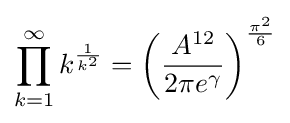
\prod _{k=1}^{\infty }k^{\frac {1}{k^{2}}}=\left({\frac {A^{12}}{2\pi e^{\gamma }}}\right)^{\frac {\pi ^{2}}{6}}